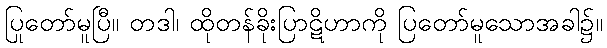
ပြုတော်မူပြီ။ တဒါ၊ ထိုတန်ခိုးပြာဋိဟာကို ပြတော်မူသောအခါ၌။